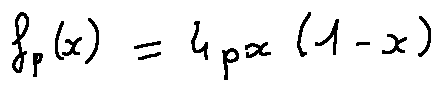
f _ { p } ( x ) = 4 p x ( 1 - x )